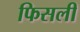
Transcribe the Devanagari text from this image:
फिसली